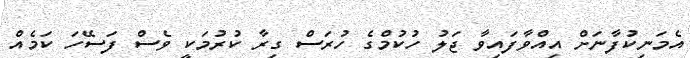
އެމަނިކުފާނަށް އިއްވާފައިވާ ޖަލު ހުކުމްގެ ހުރަސް ގިރާ ކުރުމަކީ ވެސް ފަސޭހަ ކަމެއް